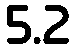
5.2